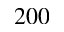
2 0 0